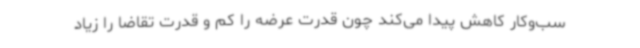
سب‌وکار کاهش پیدا می‌کند چون قدرت عرضه را کم و قدرت تقاضا را زیاد